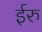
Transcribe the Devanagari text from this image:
ईरु